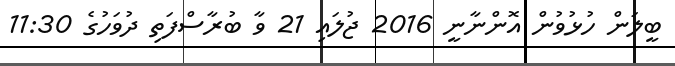
ބީލަން ހުޅުވުން އޮންނާނީ 2016 ޖުލައި 21 ވާ ބުރާސްފަތި ދުވަހުގެ 11:30